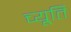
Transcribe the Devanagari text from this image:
च्यूति